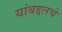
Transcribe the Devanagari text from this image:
यांबद्दलचे